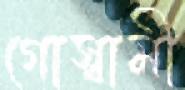
গোস্বামী